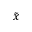
\tilde { x }